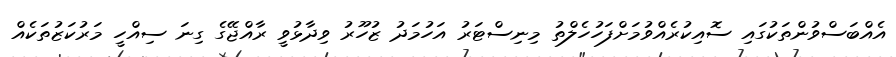
އެއްބަސްވުންތަކުގައި ސޮއިކުރެއްވުމަށްފަހުހެލްތު މިނިސްޓަރު އަހުމަދު ޒުހޫރު ވިދާޅުވީ ރާއްޖޭގެ ގިނަ ސިއްހީ މަރުކަޒުތަކެއް